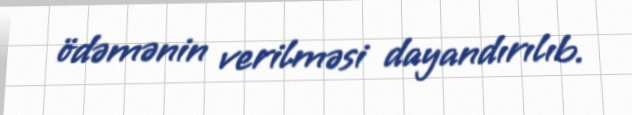
ödəmənin verilməsi dayandırılıb.